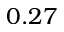
0 . 2 7